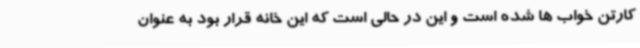
کارتن خواب ها شده است و این در حالی است که این خانه قرار بود به عنوان